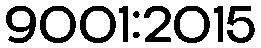
9001:2015